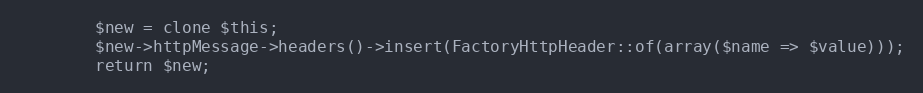
Language: PHP
        $new = clone $this;
        $new->httpMessage->headers()->insert(FactoryHttpHeader::of(array($name => $value)));
        return $new;